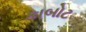
કાબોટ